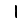
Digit: 1